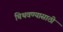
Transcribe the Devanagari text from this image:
चिथवण्यासाठी